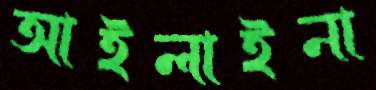
আইলাইনা